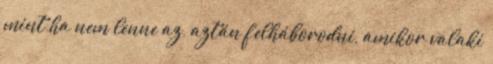
mint ha nem lenne az, aztán felháborodni, amikor valaki